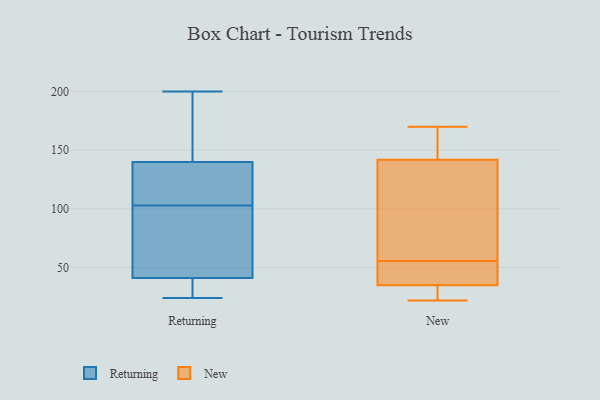
{"axis": {"x": "Revenue (USD Million)", "y": "Value"}, "legend": ["New", "Returning"], "data": [{"x": "", "y": 101, "type": "Returning"}, {"x": "", "y": 49, "type": "Returning"}, {"x": "", "y": 41, "type": "Returning"}, {"x": "", "y": 140, "type": "Returning"}, {"x": "", "y": 24, "type": "Returning"}, {"x": "", "y": 105, "type": "Returning"}, {"x": "", "y": 59, "type": "Returning"}, {"x": "", "y": 26, "type": "Returning"}, {"x": "", "y": 174, "type": "Returning"}, {"x": "", "y": 115, "type": "Returning"}, {"x": "", "y": 187, "type": "Returning"}, {"x": "", "y": 107, "type": "Returning"}, {"x": "", "y": 200, "type": "Returning"}, {"x": "", "y": 34, "type": "Returning"}, {"x": "", "y": 146, "type": "New"}, {"x": "", "y": 23, "type": "New"}, {"x": "", "y": 58, "type": "New"}, {"x": "", "y": 131, "type": "New"}, {"x": "", "y": 96, "type": "New"}, {"x": "", "y": 37, "type": "New"}, {"x": "", "y": 170, "type": "New"}, {"x": "", "y": 38, "type": "New"}, {"x": "", "y": 31, "type": "New"}, {"x": "", "y": 162, "type": "New"}, {"x": "", "y": 53, "type": "New"}, {"x": "", "y": 35, "type": "New"}, {"x": "", "y": 142, "type": "New"}, {"x": "", "y": 22, "type": "New"}]}